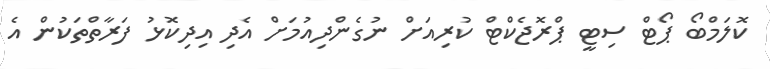
ކޮލަމްބޯ ޕޯޓް ސިޓީ ޕްރޮޖެކްޓް ކުރިއަށް ނުގެންދިއުމަށް އެދި އިދިކޮޅު ފަރާތްތަކުން އެ